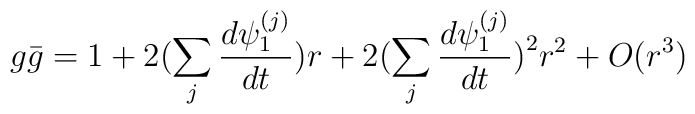
g\bar g = 1 + 2\bigl ( \sum_j \frac{d\psi_1^{(j)}}{dt}\bigr) r + 2\bigl (\sum_j \frac{d\psi_1^{(j)}}{dt}\bigr)^2 r^2 + O(r^3)